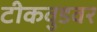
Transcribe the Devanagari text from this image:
टीकवुडवर